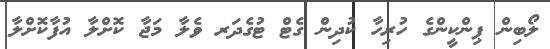
ލޯބިން ޕިންކީންގެ ހުރިހާ ކުދިން ގެޓް ޓުގެދަރ ވެލާ މަޖާ ކޮށްލާ އުފާކޮށްލާ